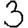
Digit: 3